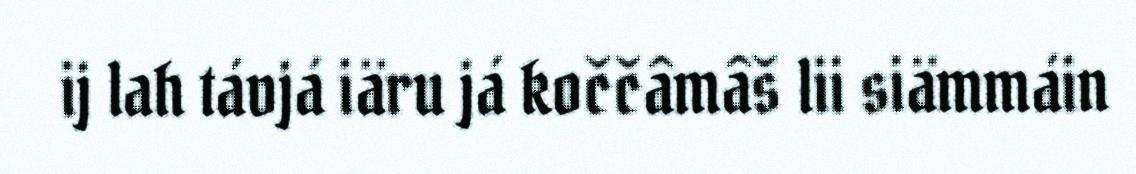
ij lah távjá iäru já koččâmâš lii siämmáin